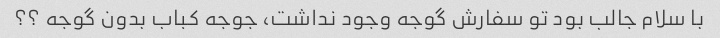
با سلام جالب بود تو سفارش گوجه وجود نداشت، جوجه کباب بدون گوجه ؟؟